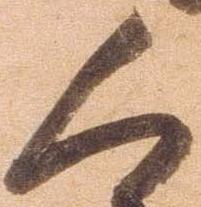
人